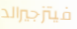
فيتزجيرالد